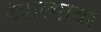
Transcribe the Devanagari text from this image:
टेकल्यावर